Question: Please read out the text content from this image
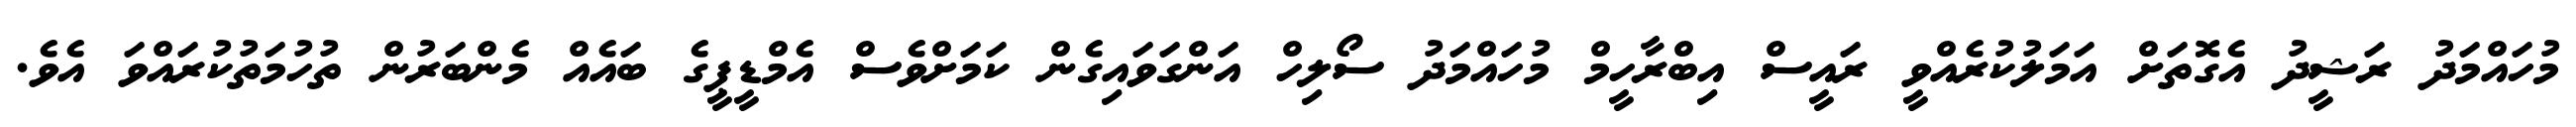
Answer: މުހައްމަދު ރަޝީދު އެގޮތަށް އަމަލުކުރެއްވީ ރައީސް އިބްރާހީމް މުހައްމަދު ސޯލިހް އަންގަވައިގެން ކަމަށްވެސް އެމްޑީޕީގެ ބައެއް މެންބަރުން ތުހުމަތުކުރައްވަ އެވެ.